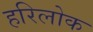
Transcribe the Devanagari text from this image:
हरिलोक